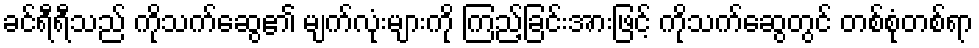
ခင်ရီရီသည် ကိုသက်ဆွေ၏ မျက်လုံးများကို ကြည့်ခြင်းအားဖြင့် ကိုသက်ဆွေတွင် တစ်စုံတစ်ရာ